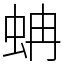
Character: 蚺